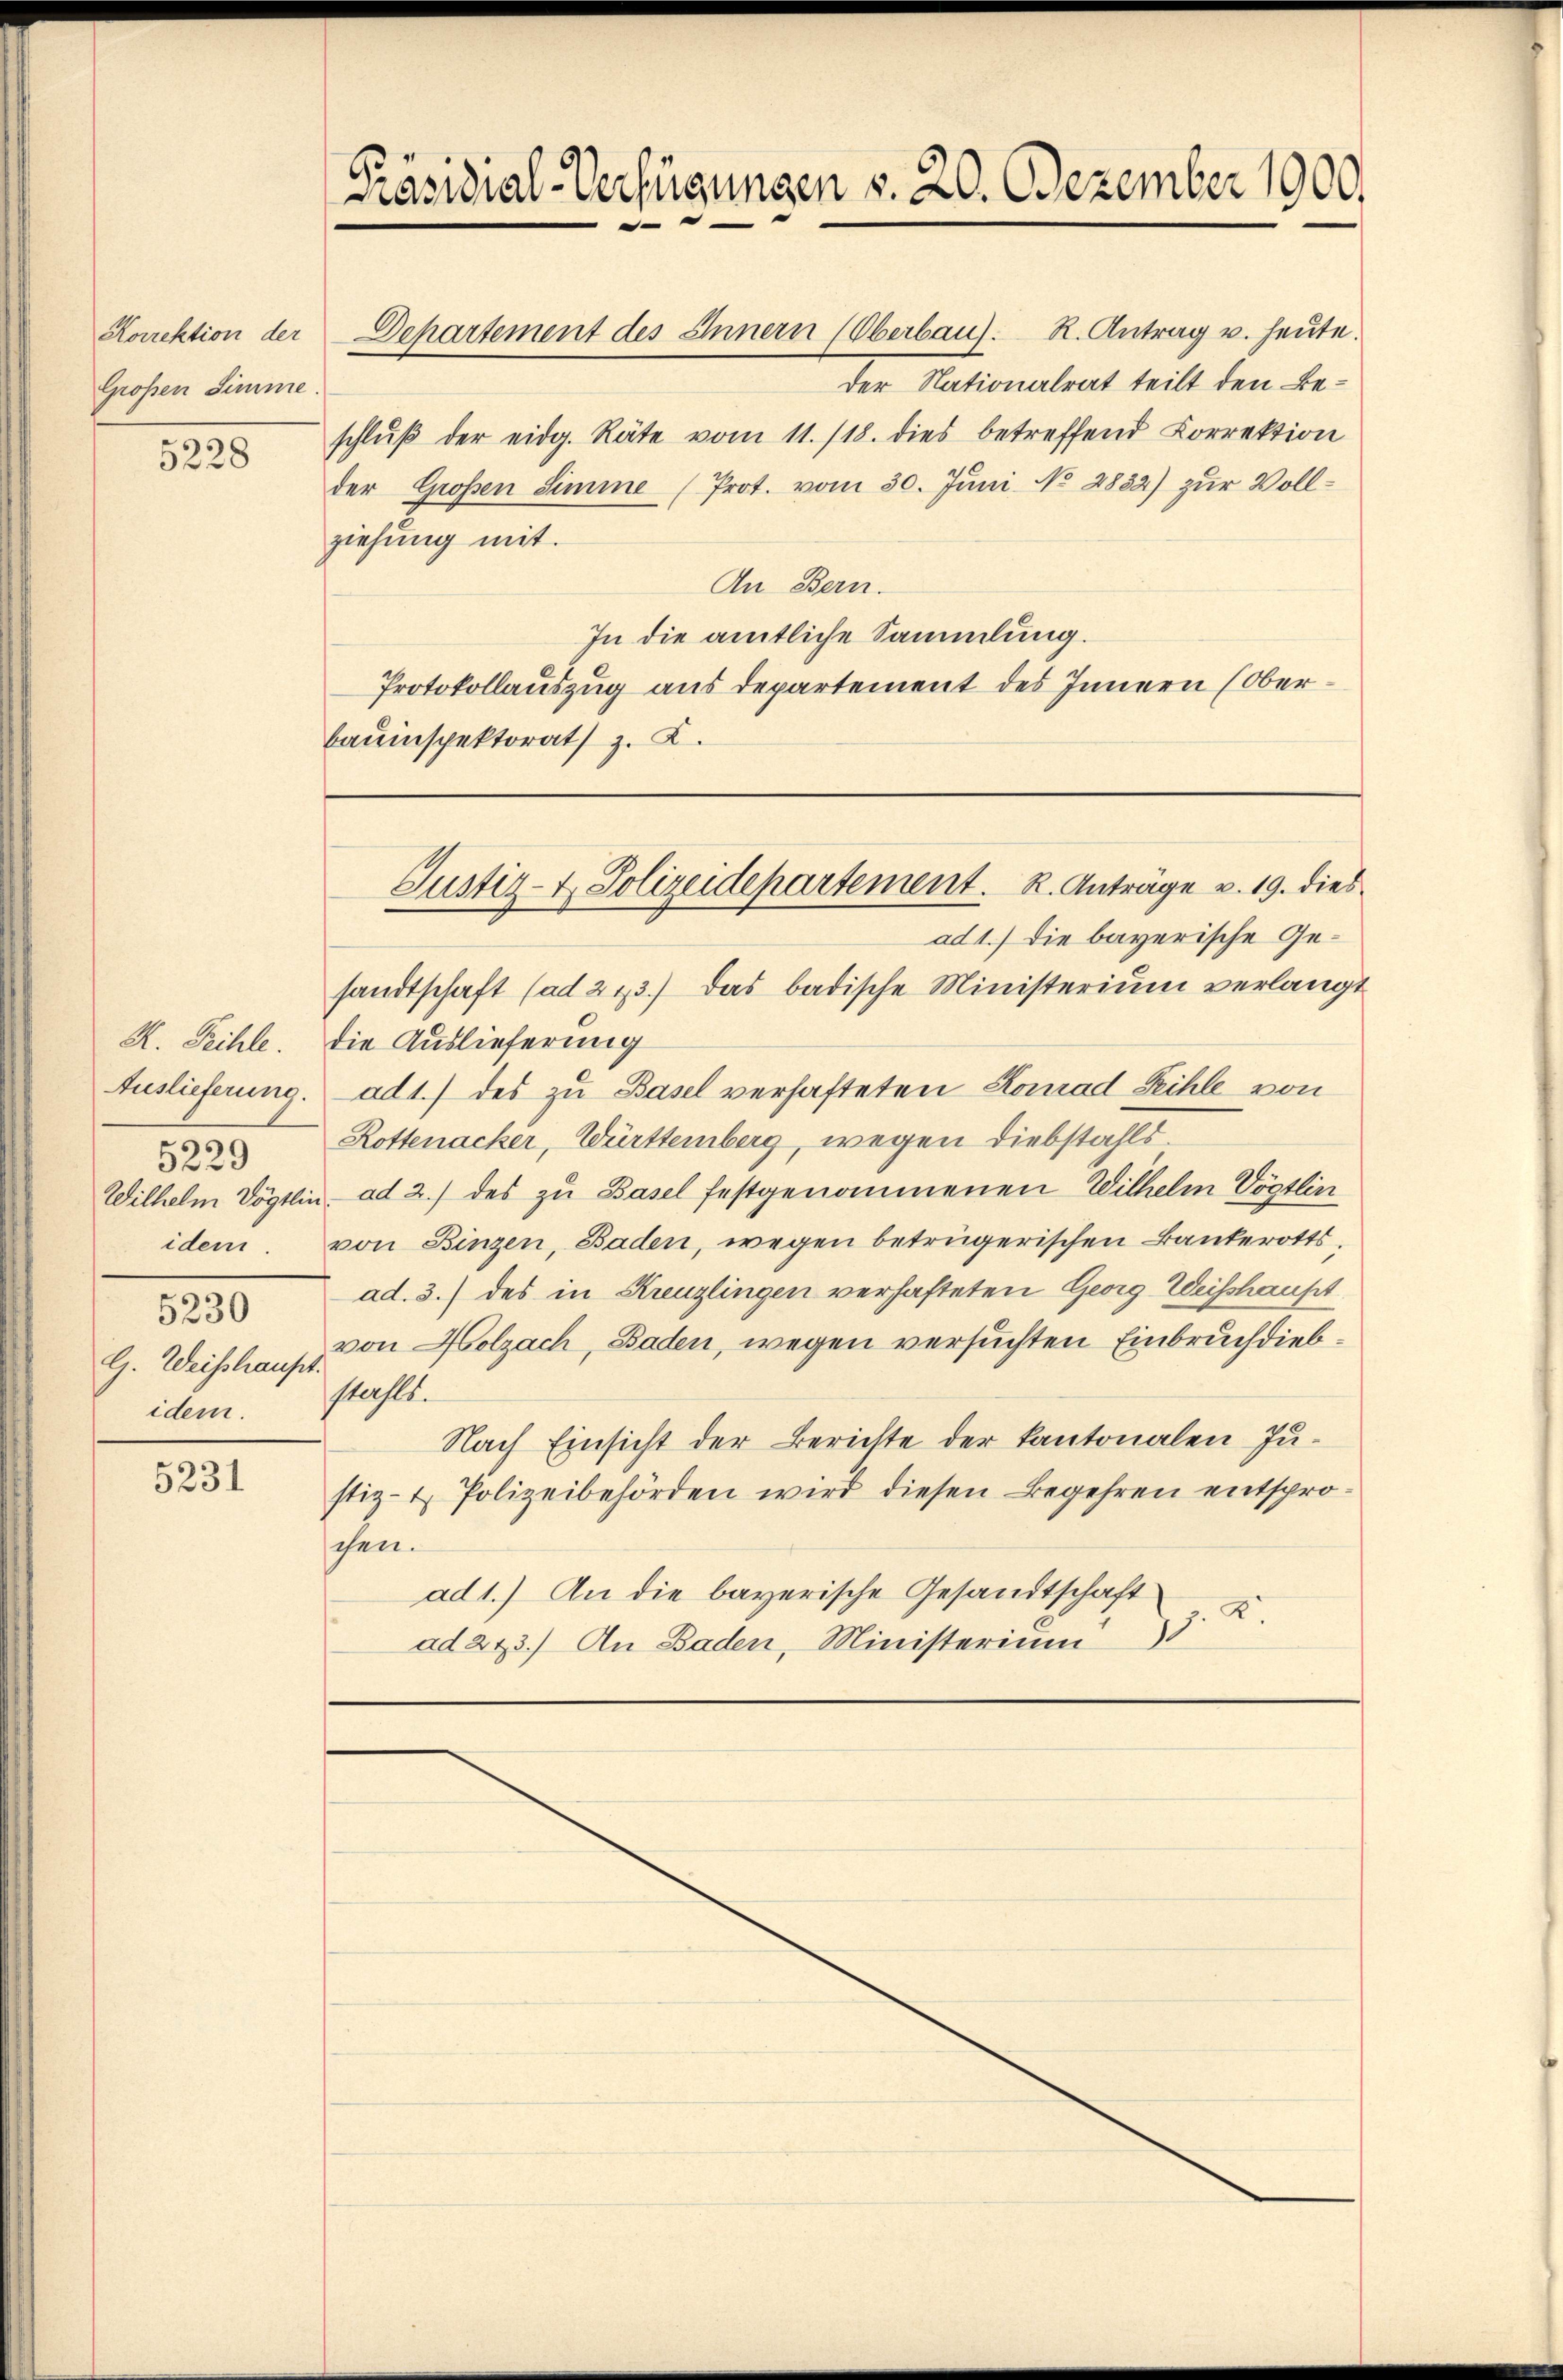
Korrektion der
Großen Simme.

5228

K. Peihle.
5229
idem
.
5230
G. Weishaupt
idem.

5231

Dehartement des Innern (Oberbau). K. Antrag u. heute.
der Nationalrat teilt den Beschlŭβ der eidg. Räte vom 11./18. dies betreffend Correktion
der Großen Simme (Prot. vom 30. Jŭni No 2832) zur Vollziehung mit.
An Bern.
In die amtliche Sammlung.
Protokollauszug aus departement des Innern (Oberbauinspektorats z. B.

Präsidial-Verfügungen v. 20. Dezember 1900.
.

sandtschaft (ad 273.) Das badische Ministerium verlangt
die Auslieferung
Auslieferung. ad 1.) des zu Basel verhafteten Konrad Fehle von
Rottenacker, Württemberg, wegen Diebstahls
Wilhelm Vögtlin ad 2.) des zu Basel festgenommenen Wilhelm Vögtlin
von Binzen, Baden, wegen betrügerischen Bankerotts,
ad. 3.) des in Kreuzlingen verhafteten Georg Weisshaupt
von Holzach, Baden, wegen versuchten Einbruch diebstahls.
Nach Einsicht der Berichte der kantonalen Justiz- & Polizeibehörden wird diesen Begehren entsproschen.
ad 1.) An die bayerische Gesandtschaft
2.
ad 273.) An Baden, Ministerium

Justiz- & Polizeidepartement. K. Anträge v. 19. dies
ad 1.) Die bayerische Ge¬